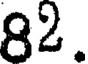
82.